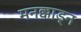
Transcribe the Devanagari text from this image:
मनक्काड्न